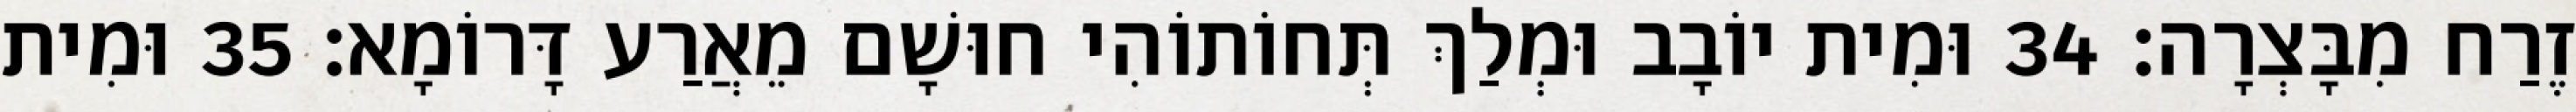
זֶרַח מִבָּצְרָה׃ 34 וּמִית יוֹבָב וּמְלַךְ תְּחוֹתוֹהִי חוּשָׁם מֵאֲרַע דָּרוֹמָא׃ 35 וּמִית